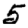
Digit: 5